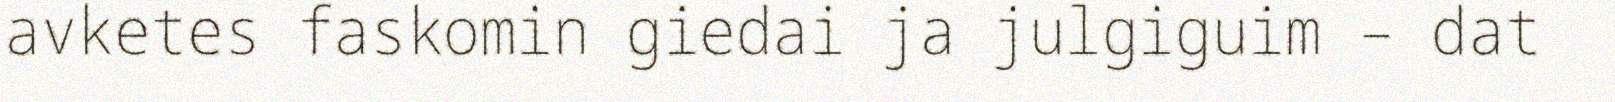
avketes faskomin giedai ja julgiguim – dat